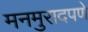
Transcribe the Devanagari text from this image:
मनमुरादपणे